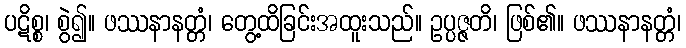
ပဋိစ္စ၊ စွဲ၍။ ဖဿနာနတ္တံ၊ တွေ့ထိခြင်းအထူးသည်။ ဥပ္ပဇ္ဇတိ၊ ဖြစ်၏။ ဖဿနာနတ္တံ၊